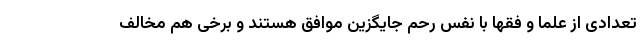
تعدادی از علما و فقها با نفس رحم جایگزین موافق هستند و برخی هم مخالف